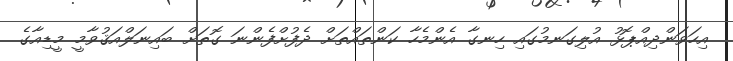
އިހަވަންދިއްޕޮޅު އުލިގަނމުގައި ހިނގާ އެންމެހާ ކަންތައްތަށް ދެފުށްފެންނަ ގޮތަށް ބައިނަލްއަޤުވާމީ މީޑިއާގެ